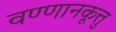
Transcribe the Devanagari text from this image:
वण्णानकूत्तु